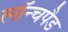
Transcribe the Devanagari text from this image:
लॉन्चपैड